Problem: 48 + 3 = ?
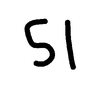
Handwritten answer: 51